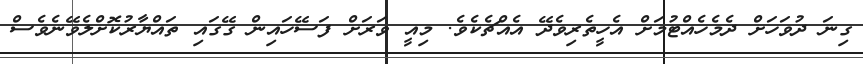
ގިނަ ދުވަހަށް ދެމެހެއްޓުމަށް އެހީތެރިވެދޭ އެއްޗެކެވެ. މިއީ ވަރަށް ފަސޭހައިން ގޭގައި ތައްޔާރުކޮށްލެވޭނެވެސް